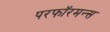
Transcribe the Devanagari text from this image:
परफॉरमन्स